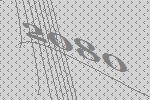
2080